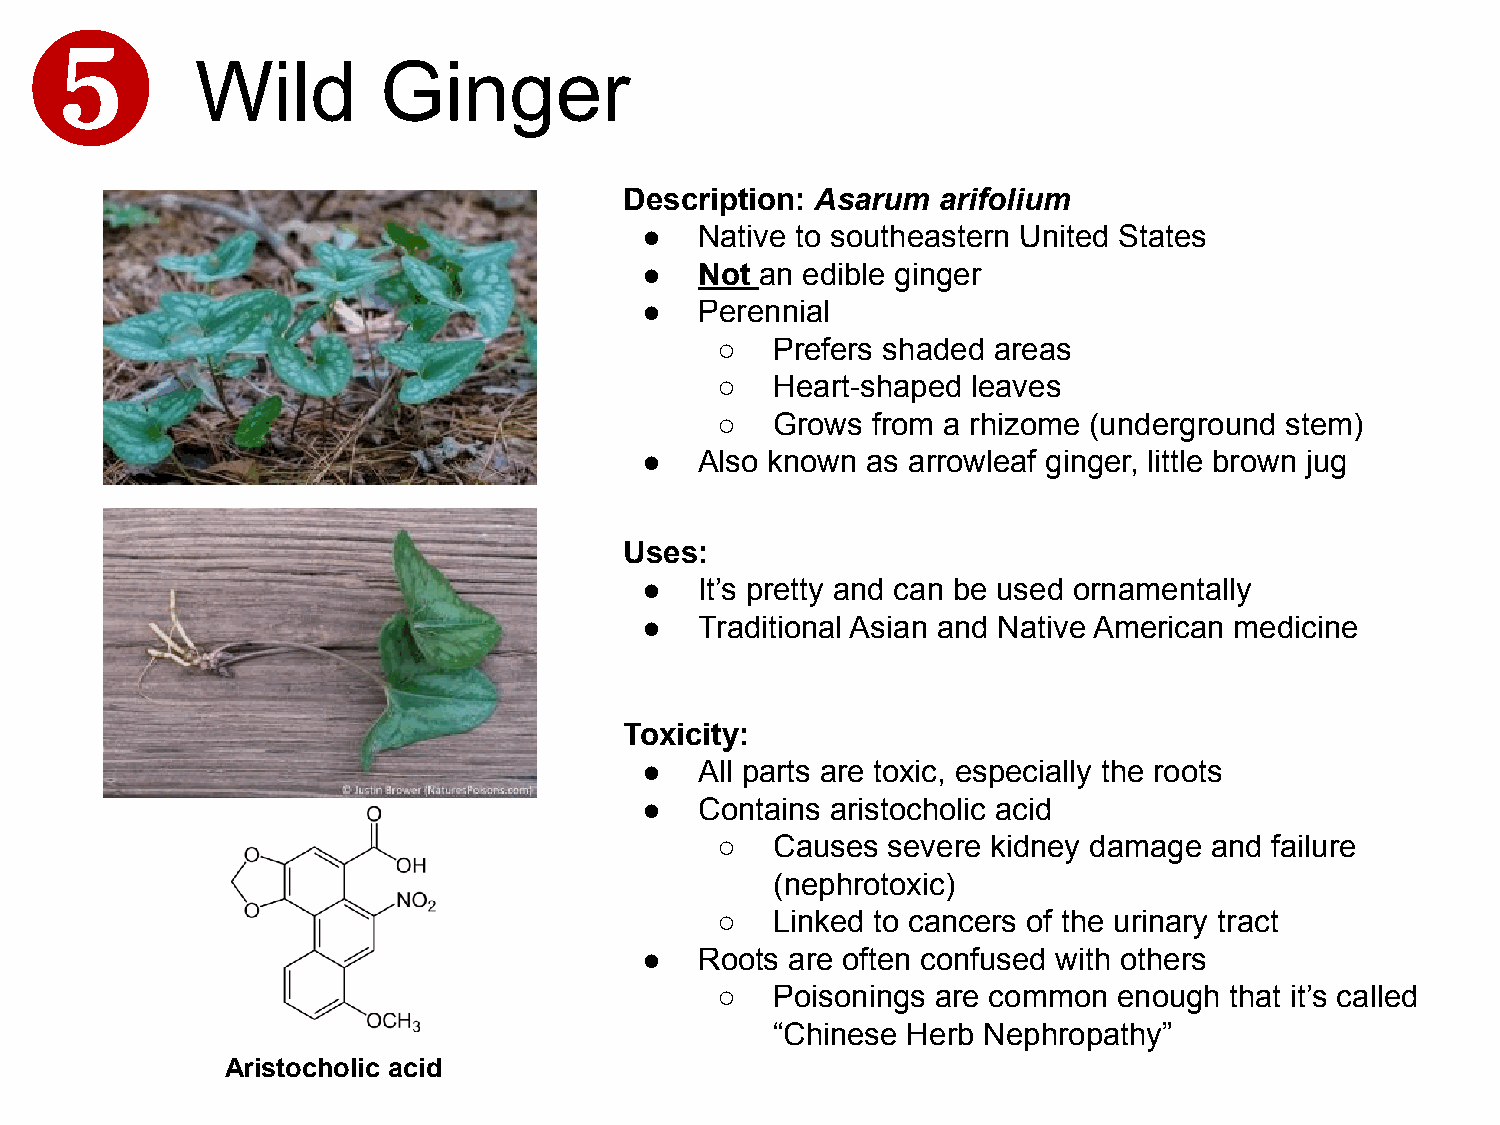
❺
 Wild        Ginger
 Description: Asarum  arifolium
 ●   Native to southeastern United States
 ●   Not an edible ginger
 ●   Perennial
 ○   Prefers shaded areas
 ○   Heart-shaped leaves
 ○   Grows  from a rhizome (underground stem)
 ●   Also known as arrowleaf ginger, little brown jug
 Uses:
 ●   It’s pretty and can be used ornamentally
 ●   Traditional Asian and Native American medicine
 Toxicity:
 ●   All parts are toxic, especially the roots
 ●   Contains aristocholic acid
 ○   Causes  severe kidney damage and failure
 (nephrotoxic)
 ○   Linked to cancers of the urinary tract
 ●   Roots are often confused with others
 ○   Poisonings are common  enough that it’s called
 “Chinese Herb Nephropathy”
 Aristocholic acid